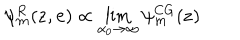
\psi _ { \bf m } ^ { R } ( { \bf z } , { \bf e } ) \propto \lim _ { \alpha _ { 0 } \rightarrow \infty } \psi _ { \bf m } ^ { C G } ( { \bf z } )